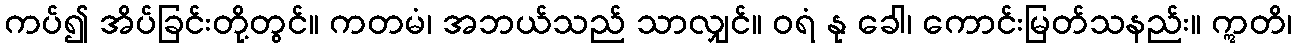
ကပ်၍ အိပ်ခြင်းတို့တွင်။ ကတမံ၊ အဘယ်သည် သာလျှင်။ ဝရံ နု ခေါ၊ ကောင်းမြတ်သနည်း။ ဣတိ၊